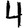
Digit: 4